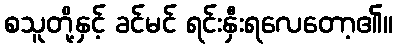
စသူတို့နှင့် ခင်မင် ရင်းနှီးရလေတော့၏။